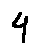
4